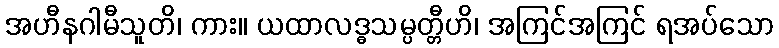
အဟီနဂါမီသူတိ၊ ကား။ ယထာလဒ္ဓသမ္ပတ္တီဟိ၊ အကြင်အကြင် ရအပ်သော